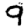
Digit: 9